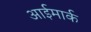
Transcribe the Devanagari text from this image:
आईमार्क